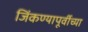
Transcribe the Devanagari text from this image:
जिंकण्यापूर्वीच्या